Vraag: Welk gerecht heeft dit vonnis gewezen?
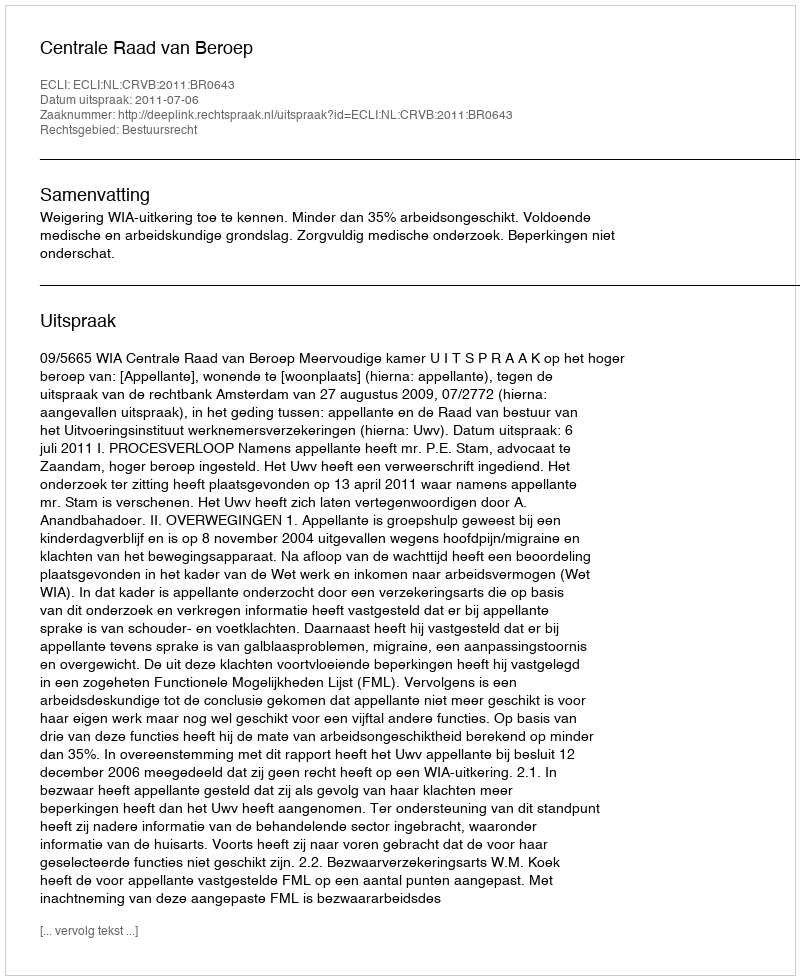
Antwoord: Centrale Raad van Beroep